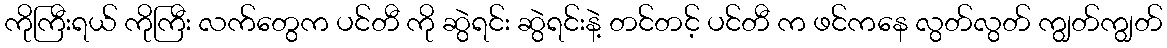
ကိုကြီးရယ် ကိုကြီး လက်တွေက ပင်တီ ကို ဆွဲရင်း ဆွဲရင်းနဲ့ တင်တင့် ပင်တီ က ဖင်ကနေ လွတ်လွတ် ကျွတ်ကျွတ်